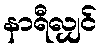
နာရီလျှင်